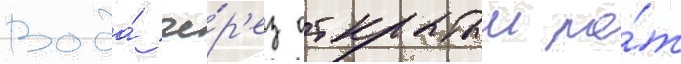
Вода́ че́р'ез открытыи ро́т